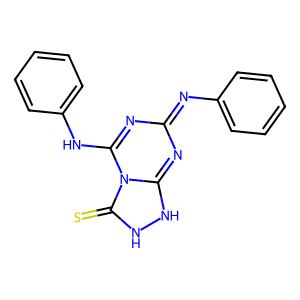
SMILES: S=c1[nH][nH]c2nc(=Nc3ccccc3)nc(Nc3ccccc3)n12
Inhibits HIV replication: No